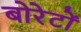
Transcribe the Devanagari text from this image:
बोरेटों